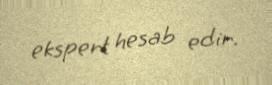
ekspert hesab edir.